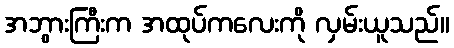
အဘွားကြီးက အထုပ်ကလေးကို လှမ်းယူသည်။